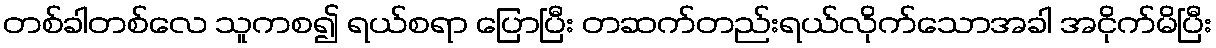
တစ်ခါတစ်လေ သူကစ၍ ရယ်စရာ ပြောပြီး တဆက်တည်းရယ်လိုက်သောအခါ အငိုက်မိပြီး